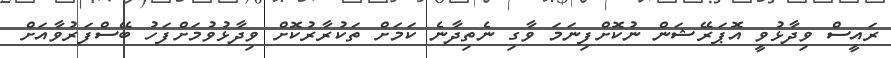
ރައީސް ވިދާޅުވީ އޮޕަރޭޝަން ނުކޮށްފިނަމަ ވާގި ނެތިދާނެ ކަމަށް ތަކުރާރުކޮށް ވިދާޅުވުމަށްފަހު ބޭސްފަރުވާއަށް